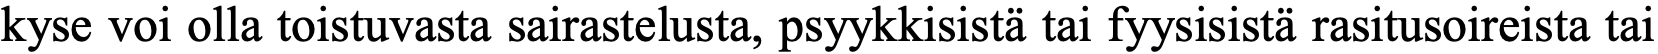
kyse voi olla toistuvasta sairastelusta, psyykkisistä tai fyysisistä rasitusoireista tai